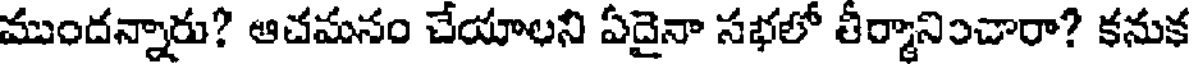
ముందన్నారు? ఆచమనం చేయాలని ఏదైనా సభలో తీర్మానించారా? కనుక